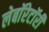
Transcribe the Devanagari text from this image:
लेबाॅरेटाॅरी